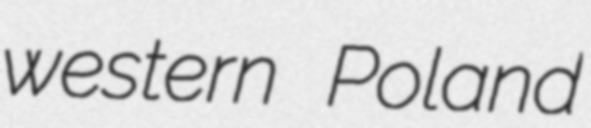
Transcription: western Poland